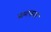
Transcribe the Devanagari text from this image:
नागफणा